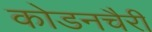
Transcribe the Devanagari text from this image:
कोडनचैरी